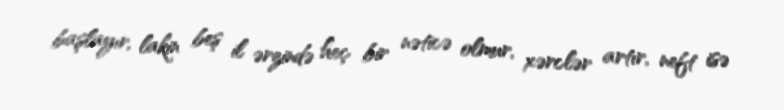
başlayır, lakin beş il ərzində heç bir nəticə olmur, xərclər artır, neft isə